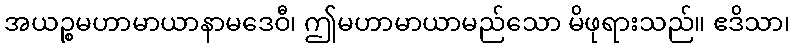
အယဉ္စမဟာမာယာနာမဒေဝီ၊ ဤမဟာမာယာမည်သော မိဖုရားသည်။ ဧဒိသာ၊